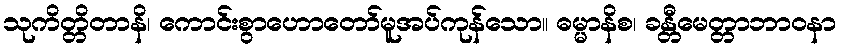
သုကိတ္တိတာနိ၊ ကောင်းစွာဟောတော်မူအပ်ကုန်သော။ ဓမ္မာနိစ၊ ခန္တီမေတ္တာဘာဝနာ